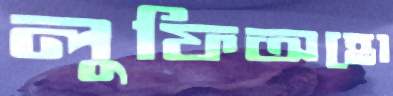
লুফিঅহো